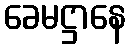
ခေမဋ္ဌာနေ